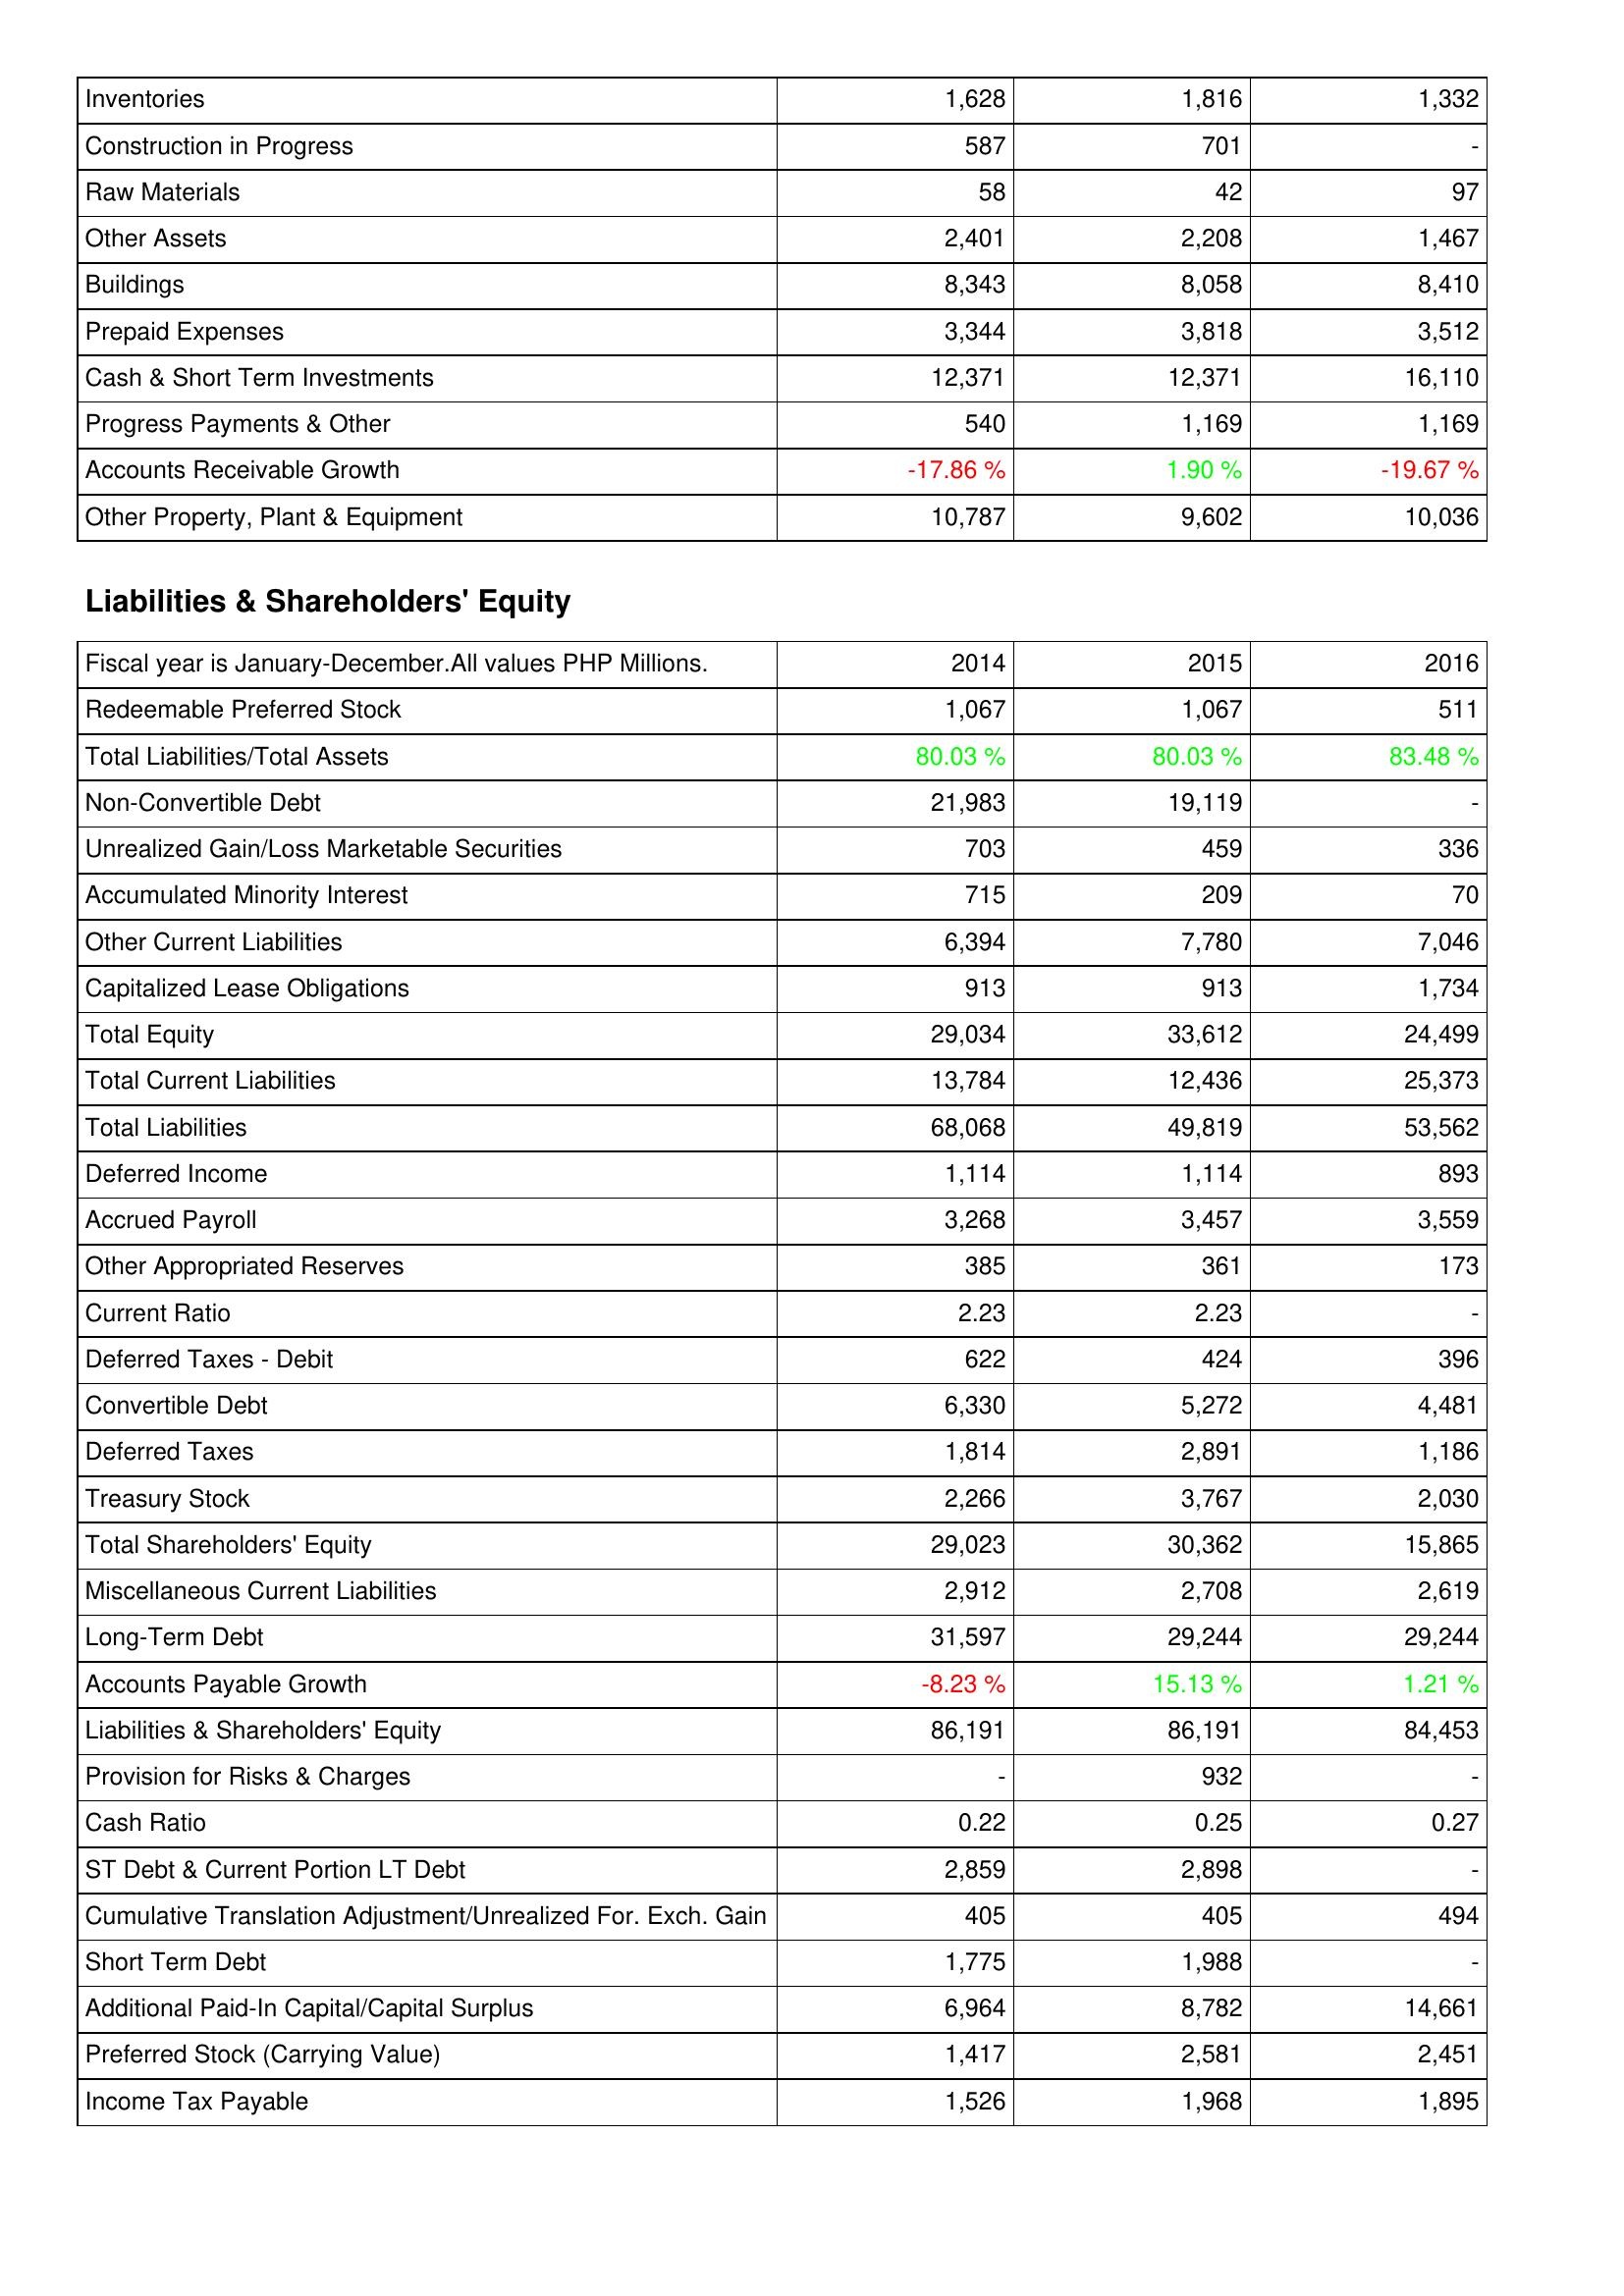
2014: Assets: Inventories: 1,628
Construction in Progress: 587
Raw Materials: 58
Other Assets: 2,401
Buildings: 8,343
Prepaid Expenses: 3,344
Cash & Short Term Investments: 12,371
Progress Payments & Other: 540
Accounts Receivable Growth: -17.86 %
Other Property, Plant & Equipment: 10,787
Liabilities & Shareholders' Equity: Redeemable Preferred Stock: 1,067
Total Liabilities/Total Assets: 80.03 %
Non-Convertible Debt: 21,983
Unrealized Gain/Loss Marketable Securities: 703
Accumulated Minority Interest: 715
Other Current Liabilities: 6,394
Capitalized Lease Obligations: 913
Total Equity: 29,034
Total Current Liabilities: 13,784
Total Liabilities: 68,068
Deferred Income: 1,114
Accrued Payroll: 3,268
Other Appropriated Reserves: 385
Current Ratio: 2.23
Deferred Taxes - Debit: 622
Convertible Debt: 6,330
Deferred Taxes: 1,814
Treasury Stock: 2,266
Total Shareholders' Equity: 29,023
Miscellaneous Current Liabilities: 2,912
Long-Term Debt: 31,597
Accounts Payable Growth: -8.23 %
Liabilities & Shareholders' Equity: 86,191
Provision for Risks & Charges: -
Cash Ratio: 0.22
ST Debt & Current Portion LT Debt: 2,859
Cumulative Translation Adjustment/Unrealized For. Exch. Gain: 405
Short Term Debt: 1,775
Additional Paid-In Capital/Capital Surplus: 6,964
Preferred Stock (Carrying Value): 1,417
Income Tax Payable: 1,526
2015: Assets: Inventories: 1,816
Construction in Progress: 701
Raw Materials: 42
Other Assets: 2,208
Buildings: 8,058
Prepaid Expenses: 3,818
Cash & Short Term Investments: 12,371
Progress Payments & Other: 1,169
Accounts Receivable Growth: 1.90 %
Other Property, Plant & Equipment: 9,602
Liabilities & Shareholders' Equity: Redeemable Preferred Stock: 1,067
Total Liabilities/Total Assets: 80.03 %
Non-Convertible Debt: 19,119
Unrealized Gain/Loss Marketable Securities: 459
Accumulated Minority Interest: 209
Other Current Liabilities: 7,780
Capitalized Lease Obligations: 913
Total Equity: 33,612
Total Current Liabilities: 12,436
Total Liabilities: 49,819
Deferred Income: 1,114
Accrued Payroll: 3,457
Other Appropriated Reserves: 361
Current Ratio: 2.23
Deferred Taxes - Debit: 424
Convertible Debt: 5,272
Deferred Taxes: 2,891
Treasury Stock: 3,767
Total Shareholders' Equity: 30,362
Miscellaneous Current Liabilities: 2,708
Long-Term Debt: 29,244
Accounts Payable Growth: 15.13 %
Liabilities & Shareholders' Equity: 86,191
Provision for Risks & Charges: 932
Cash Ratio: 0.25
ST Debt & Current Portion LT Debt: 2,898
Cumulative Translation Adjustment/Unrealized For. Exch. Gain: 405
Short Term Debt: 1,988
Additional Paid-In Capital/Capital Surplus: 8,782
Preferred Stock (Carrying Value): 2,581
Income Tax Payable: 1,968
2016: Assets: Inventories: 1,332
Construction in Progress: -
Raw Materials: 97
Other Assets: 1,467
Buildings: 8,410
Prepaid Expenses: 3,512
Cash & Short Term Investments: 16,110
Progress Payments & Other: 1,169
Accounts Receivable Growth: -19.67 %
Other Property, Plant & Equipment: 10,036
Liabilities & Shareholders' Equity: Redeemable Preferred Stock: 511
Total Liabilities/Total Assets: 83.48 %
Non-Convertible Debt: -
Unrealized Gain/Loss Marketable Securities: 336
Accumulated Minority Interest: 70
Other Current Liabilities: 7,046
Capitalized Lease Obligations: 1,734
Total Equity: 24,499
Total Current Liabilities: 25,373
Total Liabilities: 53,562
Deferred Income: 893
Accrued Payroll: 3,559
Other Appropriated Reserves: 173
Current Ratio: -
Deferred Taxes - Debit: 396
Convertible Debt: 4,481
Deferred Taxes: 1,186
Treasury Stock: 2,030
Total Shareholders' Equity: 15,865
Miscellaneous Current Liabilities: 2,619
Long-Term Debt: 29,244
Accounts Payable Growth: 1.21 %
Liabilities & Shareholders' Equity: 84,453
Provision for Risks & Charges: -
Cash Ratio: 0.27
ST Debt & Current Portion LT Debt: -
Cumulative Translation Adjustment/Unrealized For. Exch. Gain: 494
Short Term Debt: -
Additional Paid-In Capital/Capital Surplus: 14,661
Preferred Stock (Carrying Value): 2,451
Income Tax Payable: 1,895